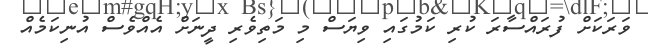
ވަރަކަށް ފުރައްސާރަ ކުރި ކަމުގައި ވިޔަސް މި މަތިވެރި ދީނަށް އެއްވެސް އުނިކަމެއް